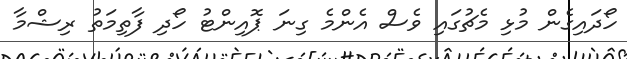
ހޯދައިގެން މުޅި މެޗުގައި ވެސް އެންމެ ގިނަ ޕޮއިންޓު ހޯދި ފާތިމަތު ރިޝްމާ